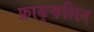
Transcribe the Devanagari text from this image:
फ्राङ्कलिन